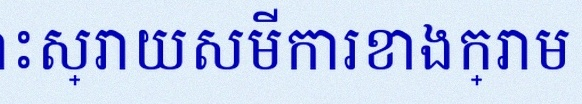
ដោះស្រាយសមីការខាងក្រោម